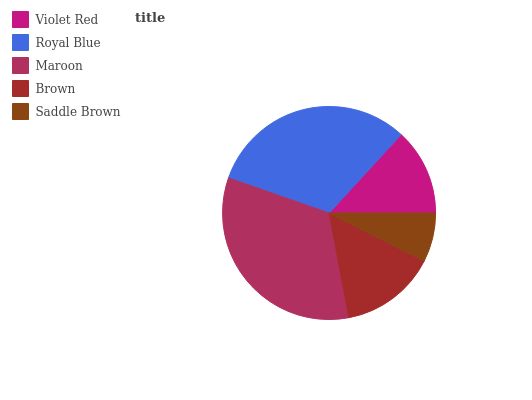
| Violet Red | Royal Blue | Maroon | Brown | Saddle Brown |
 | --- | --- | --- | --- | --- |
 | 13.2% | 31.5% | 33.3% | 14.6% | 7.45% |